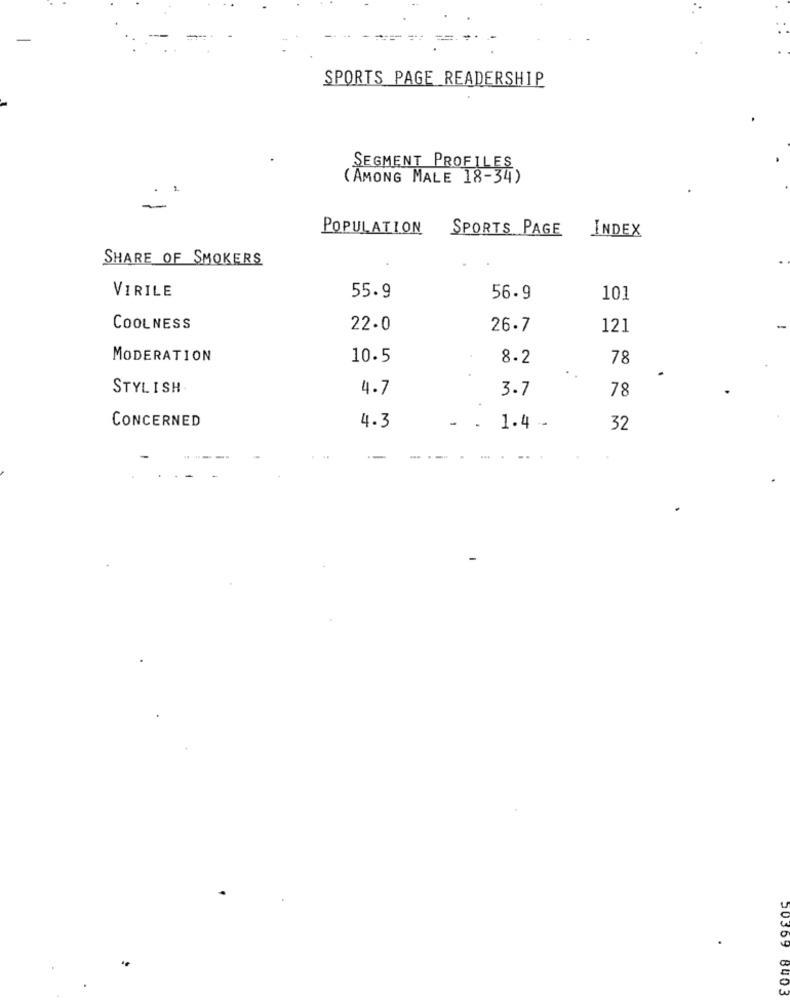
==.
SPORTS PAGE READERSHIP
SEGMENT PROFILES
(AMONG MALE 18-34)
POPULATION
SPORTS PAGE
INDEX
SHARE OF SMOKERS
55.9
VIRILE
56.9
101
COOLNESS
22.0
26.7
121
MODERATION
10.5
8.2
78
STYLISH
4.7
3.7
78
CONCERNED
4.3
- . 1.4 -
32
30369 8403